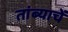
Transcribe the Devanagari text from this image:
तांब्याचें